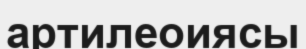
артилеоиясы